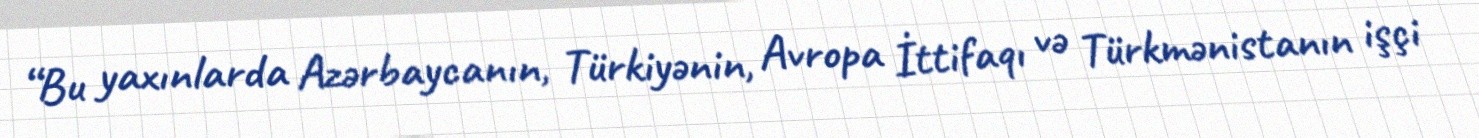
“Bu yaxınlarda Azərbaycanın, Türkiyənin, Avropa İttifaqı və Türkmənistanın işçi